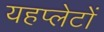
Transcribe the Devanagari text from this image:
यहप्लेटों